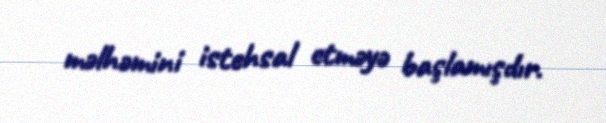
məlhəmini istehsal etməyə başlamışdır.